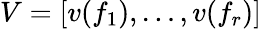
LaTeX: V=[v(f_{1}),\ldots,v(f_{r})]